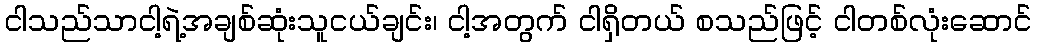
ငါသည်သာငါ့ရဲ့အချစ်ဆုံးသူငယ်ချင်း၊ ငါ့အတွက် ငါရှိတယ် စသည်ဖြင့် ငါတစ်လုံးဆောင်